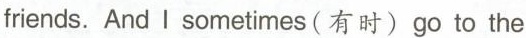
friends.And I sometimes(有时)go to the